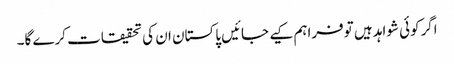
اگرکوئی شواہد ہیں توفراہم کیے جائیں پاکستان ان کی تحقیقات کرے گا۔